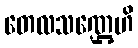
တေလသဏ္ဌေဟိ